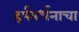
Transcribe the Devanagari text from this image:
हर्षवर्धनाचा